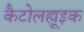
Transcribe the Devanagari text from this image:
कैटोलह्यूइक